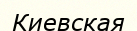
Киевская